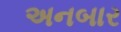
અનબાર